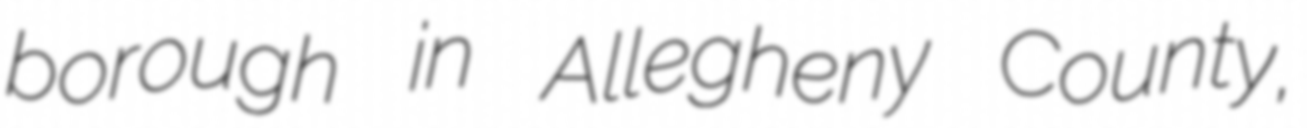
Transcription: borough in Allegheny County,